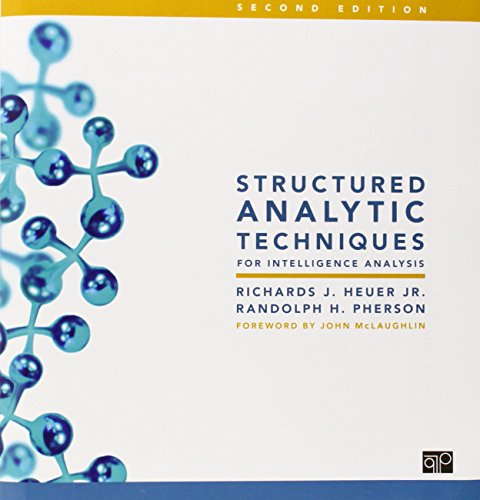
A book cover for Structured Analytic Techniques for Intelligence Analysis;; Biographies & Memoirs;